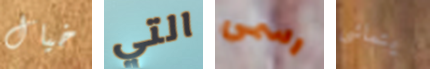
خيال التي رسمى يتماشى